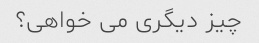
چیز دیگری می خواهی؟